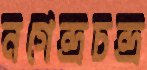
নগেন্দ্রচন্দ্র